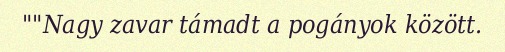
""Nagy zavar támadt a pogányok között.